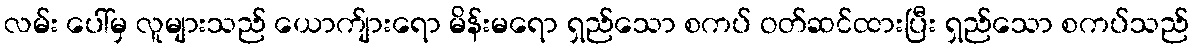
လမ်း ပေါ်မှ လူများသည် ယောက်ျားရော မိန်းမရော ရှည်သော စကပ် ဝတ်ဆင်ထားပြီး ရှည်သော စကပ်သည်